Problem: 37 + 34 = ?
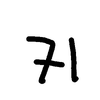
Handwritten answer: 71